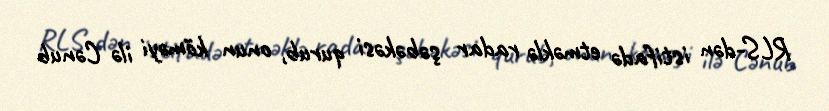
RLS-dən istifadə etməklə radar şəbəkəsi qurub, onun köməyi ilə Cənub